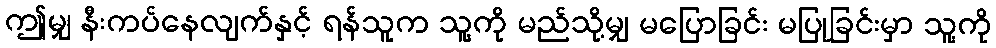
ဤမျှ နီးကပ်နေလျက်နှင့် ရန်သူက သူ့ကို မည်သို့မျှ မပြောခြင်း မပြုခြင်းမှာ သူ့ကို